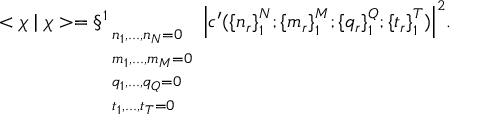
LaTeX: < \chi \mid \chi > = \S _ { \begin{array} { l } { { { \scriptstyle n _ { 1 } , . . . , n _ { N } = 0 } } } \\ { { { \scriptstyle m _ { 1 } , . . . , m _ { M } = 0 } } } \\ { { { \scriptstyle q _ { 1 } , . . . , q _ { Q } = 0 } } } \\ { { { \scriptstyle t _ { 1 } , . . . , t _ { T } = 0 } } } \end{array} } ^ { 1 } { \left| c ^ { \prime } ( { \{ n _ { r } \} } _ { 1 } ^ { N } ; { \{ m _ { r } \} } _ { 1 } ^ { M } ; { \{ q _ { r } \} } _ { 1 } ^ { Q } ; { \{ t _ { r } \} } _ { 1 } ^ { T } ) \right| } ^ { 2 } .